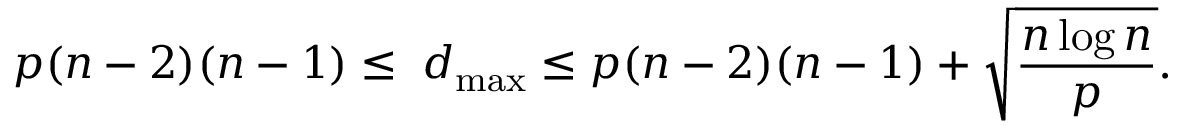
p ( n - 2 ) ( n - 1 ) \leq \; d _ { \operatorname* { m a x } } \leq p ( n - 2 ) ( n - 1 ) + \sqrt { \frac { n \log n } { p } } .